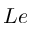
L e